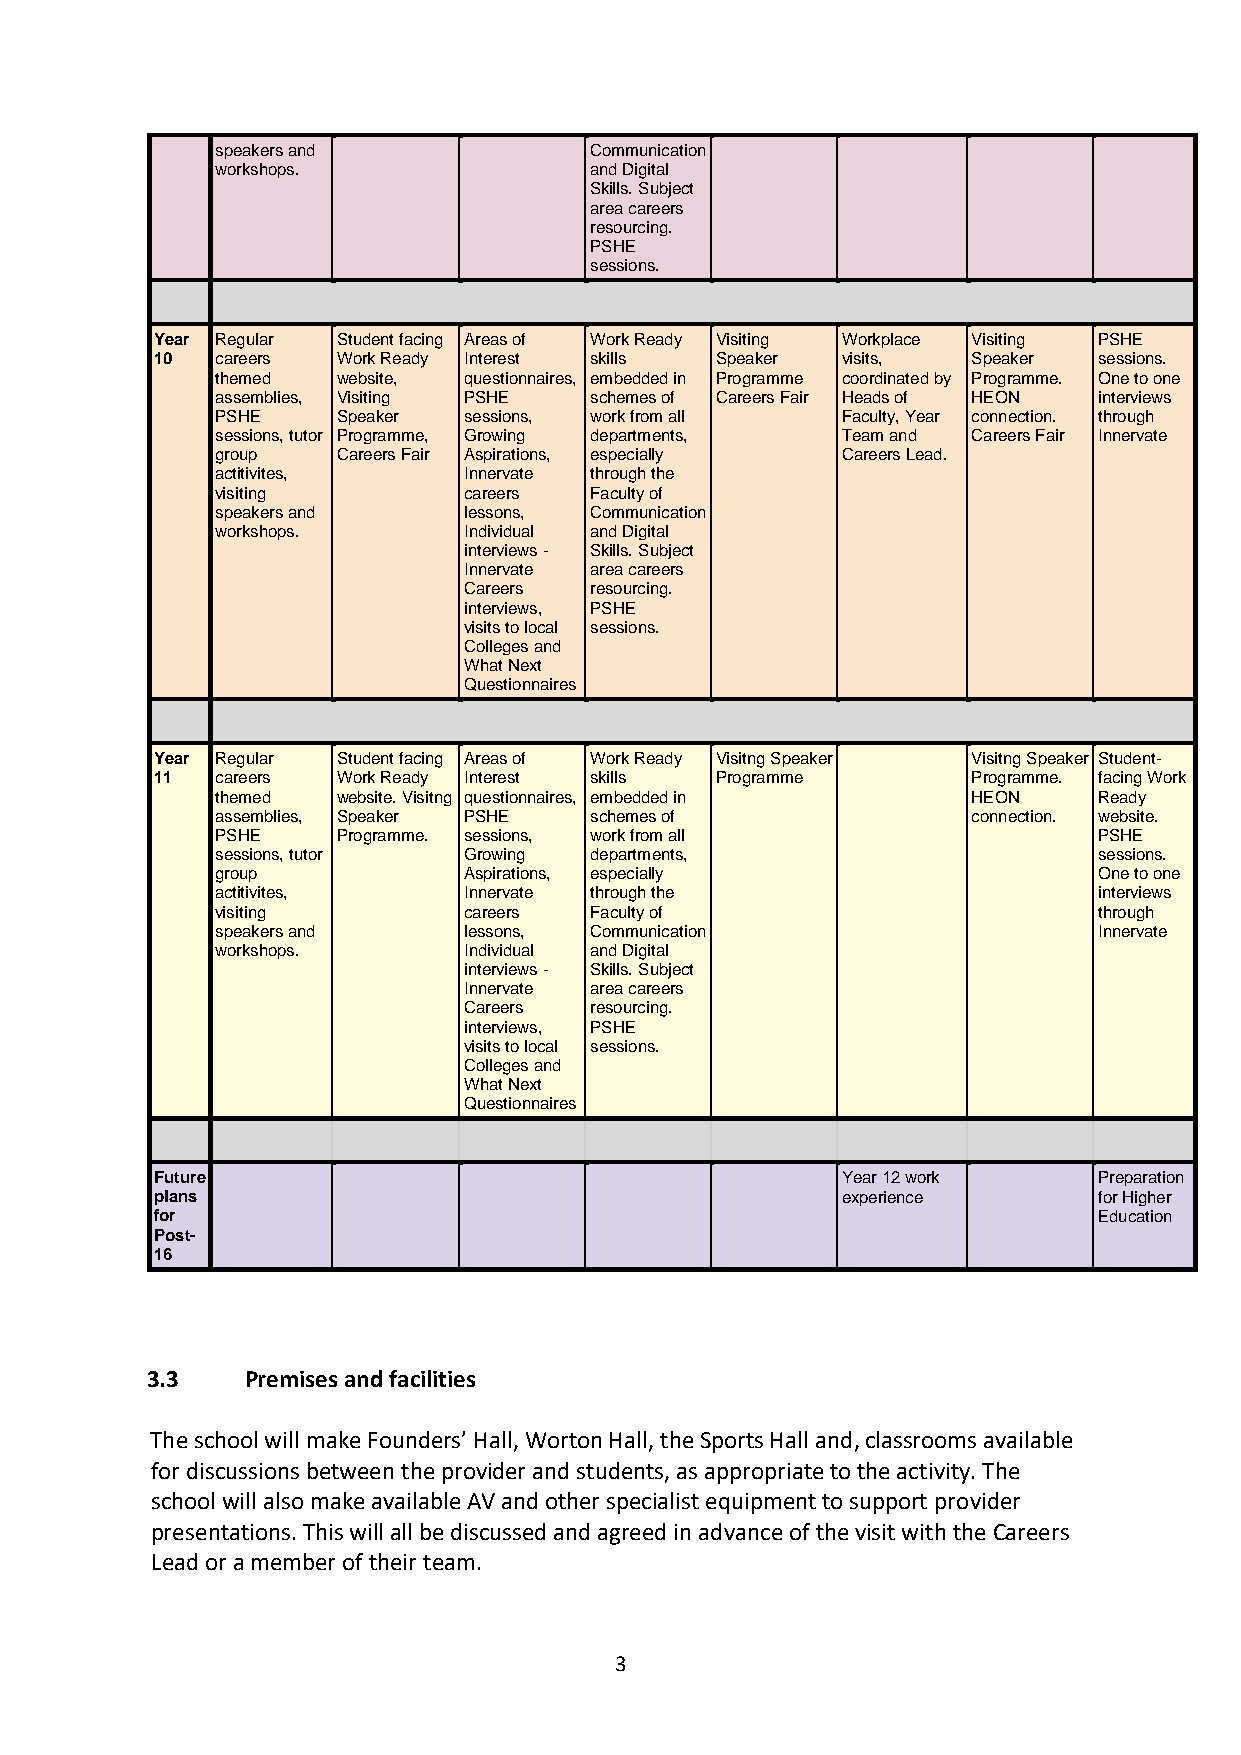
speakers and             Communication
 workshops.               and Digital
 Skills. Subject
 area careers
 resourcing.
 PSHE
 sessions.
 Year Regular Student facing Areas of Work Ready Visiting Workplace Visiting PSHE
 10  careers Work Ready Interest skills Speaker visits, Speaker sessions.
 themed  website, questionnaires, embedded in Programme coordinated by Programme. One to one
 assemblies, Visiting PSHE schemes of Careers Fair Heads of HEON interviews
 PSHE    Speaker  sessions, work from all  Faculty, Year connection. through
 sessions, tutor Programme, Growing departments, Team and Careers Fair Innervate
 group   Careers Fair Aspirations, especially Careers Lead.
 actitivites,     Innervate through the
 visiting         careers Faculty of
 speakers and     lessons, Communication
 workshops.       Individual and Digital
 interviews - Skills. Subject
 Innervate area careers
 Careers resourcing.
 interviews, PSHE
 visits to local sessions.
 Colleges and
 What Next
 Questionnaires
 Year Regular Student facing Areas of Work Ready Visitng Speaker Visitng Speaker Student-
 11  careers Work Ready Interest skills Programme      Programme. facing Work
 themed  website. Visitng questionnaires, embedded in HEON  Ready
 assemblies, Speaker PSHE schemes of               connection. website.
 PSHE    Programme. sessions, work from all                 PSHE
 sessions, tutor  Growing departments,                      sessions.
 group            Aspirations, especially                   One to one
 actitivites,     Innervate through the                     interviews
 visiting         careers Faculty of                        through
 speakers and     lessons, Communication                    Innervate
 workshops.       Individual and Digital
 interviews - Skills. Subject
 Innervate area careers
 Careers resourcing.
 interviews, PSHE
 visits to local sessions.
 Colleges and
 What Next
 Questionnaires
 Future                                        Year 12 work     Preparation
 plans                                         experience       for Higher
 for                                                            Education
 Post-
 16
 3.3   Premises and facilities
 The school will make Founders’ Hall, Worton Hall, the Sports Hall and, classrooms available
 for discussions between the provider and students, as appropriate to the activity. The
 school will also make available AV and other specialist equipment to support provider
 presentations. This will all be discussed and agreed in advance of the visit with the Careers
 Lead or a member of their team.
 3